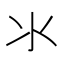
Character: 氺